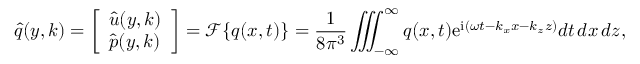
\boldsymbol { \hat { q } } ( y , \boldsymbol { k } ) = \left[ \begin{array} { l } { \boldsymbol { \hat { u } } ( y , \boldsymbol { k } ) } \\ { \hat { p } ( y , \boldsymbol { k } ) } \end{array} \right] = \mathscr { F } \{ \boldsymbol { q } ( \boldsymbol { x } , t ) \} = \frac { 1 } { 8 \pi ^ { 3 } } \iiint _ { - \infty } ^ { \infty } \boldsymbol { q } ( \boldsymbol { x } , t ) \mathrm { e } ^ { \mathrm { i } ( \omega t - k _ { x } x - k _ { z } z ) } d t \, d x \, d z ,